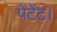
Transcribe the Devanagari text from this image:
पेटेंट।